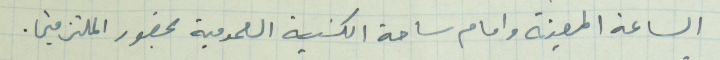
الساعة المعينة وامام ساحة الكنيسة العمومية بحضور الملتزمين.